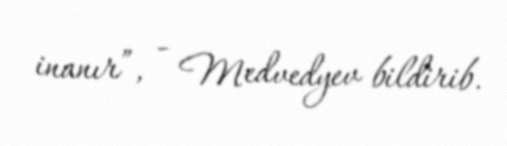
inanır”, - Medvedyev bildirib.